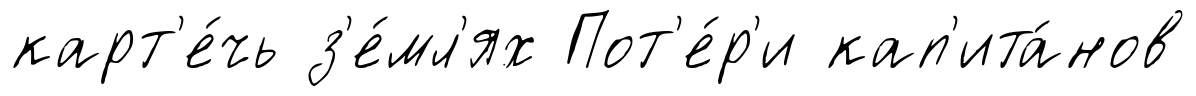
карт'е́чь з'е́мл'ях Пот'е́р'и кап'ита́нов